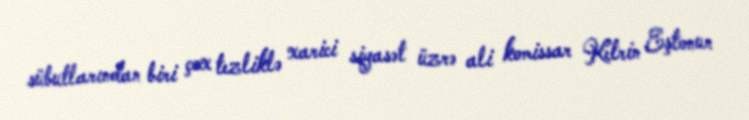
sübutlarından biri çox tezliklə xarici siyasət üzrə ali komissar Ketrin Eştonun